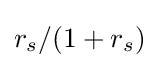
r_{s}/(1+r_{s})